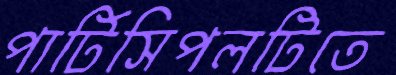
পার্টিসিপলটিতে